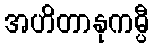
အဟိတာနုကမ္ပီ